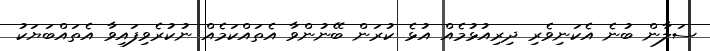
ސަލާން ބުނެ އެކަނިވެރި ދިރިއުޅުމެއް އުޅެ ކުރަން ބޭނުންވާ އެތައްކަމެއް ނުކުރެވިފައިވާ އެތައްބަޔަކު